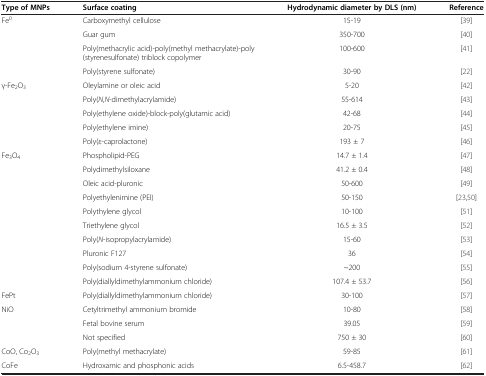
<table><thead><tr><td><b>Type of MNPs</b></td><td><b>Surface coating</b></td><td><b>Hydrodynamic diameter by DLS (nm)</b></td><td><b>Reference</b></td></tr></thead><tbody><tr><td rowspan="4">Fe<sup>0</sup></td><td>Carboxymethyl cellulose</td><td>15-19</td><td>[39]</td></tr><tr><td>Guar gum</td><td>350-700</td><td>[40]</td></tr><tr><td>Poly(methacrylic acid)-poly(methyl methacrylate)-poly(styrenesulfonate) triblock copolymer</td><td>100-600</td><td>[41]</td></tr><tr><td>Poly(styrene sulfonate)</td><td>30-90</td><td>[22]</td></tr><tr><td rowspan="5">γ-Fe<sub>2</sub>O<sub>3</sub></td><td>Oleylamine or oleic acid</td><td>5-20</td><td>[42]</td></tr><tr><td>Poly(<i>N</i>,<i>N</i>-dimethylacrylamide)</td><td>55-614</td><td>[43]</td></tr><tr><td>Poly(ethylene oxide)-block-poly(glutamic acid)</td><td>42-68</td><td>[44]</td></tr><tr><td>Poly(ethylene imine)</td><td>20-75</td><td>[45]</td></tr><tr><td>Poly(ε-caprolactone)</td><td>193 ± 7</td><td>[46]</td></tr><tr><td rowspan="10">Fe<sub>3</sub>O<sub>4</sub></td><td>Phospholipid-PEG</td><td>14.7 ± 1.4</td><td>[47]</td></tr><tr><td>Polydimethylsiloxane</td><td>41.2 ± 0.4</td><td>[48]</td></tr><tr><td>Oleic acid-pluronic</td><td>50-600</td><td>[49]</td></tr><tr><td>Polyethylenimine (PEI)</td><td>50-150</td><td>[23,50]</td></tr><tr><td>Polythylene glycol</td><td>10-100</td><td>[51]</td></tr><tr><td>Triethylene glycol</td><td>16.5 ± 3.5</td><td>[52]</td></tr><tr><td>Poly(<i>N</i>-isopropylacrylamide)</td><td>15-60</td><td>[53]</td></tr><tr><td>Pluronic F127</td><td>36</td><td>[54]</td></tr><tr><td>Poly(sodium 4-styrene sulfonate)</td><td>~200</td><td>[55]</td></tr><tr><td>Poly(diallyldimethylammonium chloride)</td><td>107.4 ± 53.7</td><td>[56]</td></tr><tr><td>FePt</td><td>Poly(diallyldimethylammonium chloride)</td><td>30-100</td><td>[57]</td></tr><tr><td rowspan="3">NiO</td><td>Cetyltrimethyl ammonium bromide</td><td>10-80</td><td>[58]</td></tr><tr><td>Fetal bovine serum</td><td>39.05</td><td>[59]</td></tr><tr><td>Not specified</td><td>750 ± 30</td><td>[60]</td></tr><tr><td>CoO, Co<sub>2</sub>O<sub>3</sub></td><td>Poly(methyl methacrylate)</td><td>59-85</td><td>[61]</td></tr><tr><td>CoFe</td><td>Hydroxamic and phosphonic acids</td><td>6.5-458.7</td><td>[62]</td></tr></tbody></table>